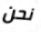
نحن